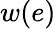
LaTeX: w(e)